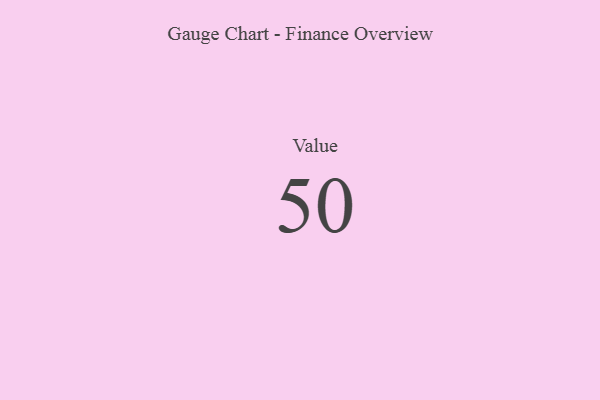
{"axis": {"x": "Metric", "y": "Value"}, "legend": [""], "data": [{"x": "Value", "y": 50, "type": ""}]}